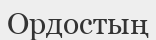
Ордостың